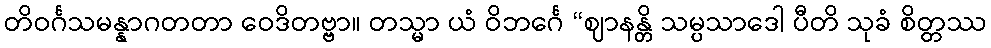
တိဝင်္ဂသမန္နာဂတတာ ဝေဒိတဗ္ဗာ။ တသ္မာ ယံ ဝိဘင်္ဂေ “ဈာနန္တိ သမ္ပသာဒေါ ပီတိ သုခံ စိတ္တဿ